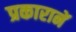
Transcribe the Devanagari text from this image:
प्रकारानें